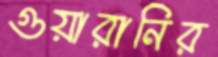
গুয়ারানির